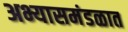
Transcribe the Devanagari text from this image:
अभ्यासमंडळात